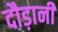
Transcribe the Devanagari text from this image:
दौड़ानी